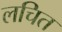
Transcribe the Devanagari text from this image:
लचित